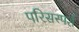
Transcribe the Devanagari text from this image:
परिसस्पर्श